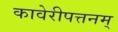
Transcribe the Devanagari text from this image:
कावेरीपत्तनम्